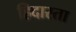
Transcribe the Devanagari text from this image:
हिदास्ता